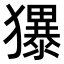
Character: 𪻌